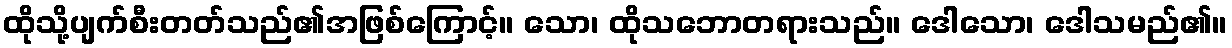
ထိုသို့ပျက်စီးတတ်သည်၏အဖြစ်ကြောင့်။ သော၊ ထိုသဘောတရားသည်။ ဒေါသော၊ ဒေါသမည်၏။